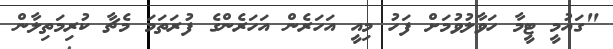
"ގައުމީ ޓީމާ ހަވާލުވުމަށް ފަހު މިއީ އަހަރެން އަހަރެންގެ ފުރަތަމަ މެޗާ ކުރިމަތިލާން